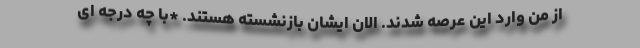
از من وارد این عرصه شدند. الان ایشان بازنشسته هستند. *با چه درجه ای